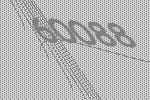
60088